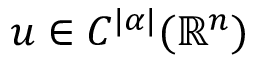
u \in C ^ { | \alpha | } ( \mathbb { R } ^ { n } )